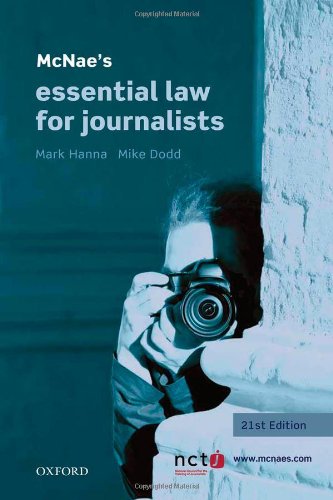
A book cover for McNae's Essential Law for Journalists; Mark Hanna; Law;